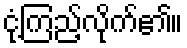
ငုံ့ကြည့်လိုက်၏။